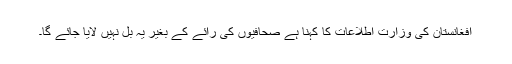
افغانستان کی وزارت اطلاعات کا کہنا ہے صحافیوں کی رائے کے بغیر یہ بل نہیں لایا جائے گا۔